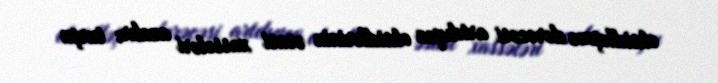
oksidləşmə dərəcəsi artdıqca oksidlərinin əsasi xassələri azalır; turşu